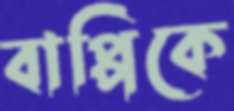
বাপ্পিকে